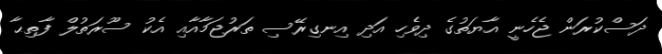
ދަސްކުރަން ޖެހެނީ އާޔަތުގެ ދިވެހި އަދި އިނގިރޭސި ތަރުޖަމާއާއި އެކު ސޫރަތުލް ފާތިޙާ